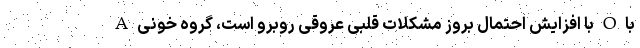
A با افزایش احتمال بروز مشکلات قلبی عروقی روبرو است، گروه خونی O با